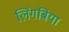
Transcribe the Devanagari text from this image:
लिंगबिया